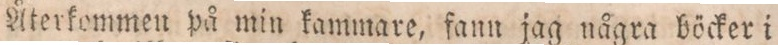
Återkommen på min kammare, fann jag några böcker i